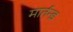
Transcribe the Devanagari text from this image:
मार्तन्ड